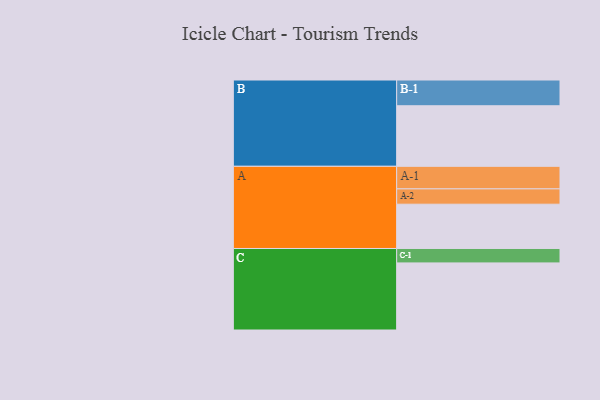
{"axis": {"x": "Segment", "y": "Value"}, "legend": ["", "A", "B", "C"], "data": [{"x": "A", "y": 387, "type": ""}, {"x": "B", "y": 529, "type": ""}, {"x": "C", "y": 586, "type": ""}, {"x": "A-1", "y": 197, "type": "A"}, {"x": "A-2", "y": 134, "type": "A"}, {"x": "B-1", "y": 225, "type": "B"}, {"x": "C-1", "y": 126, "type": "C"}]}